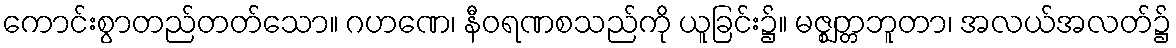
ကောင်းစွာတည်တတ်သော။ ဂဟဏေ၊ နီဝရဏစသည်ကို ယူခြင်း၌။ မဇ္ဈတ္တဘူတာ၊ အလယ်အလတ်၌